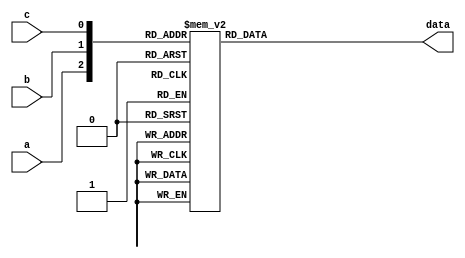
module decoder38(
	a,b,c,data
);

input  wire a;
input  wire b;
input  wire c;
output reg  [7:0]data;

always @( a,b,c) begin
    case ({a,b,c})
    3'd0:  data=8'b0000_0001;
    3'd1:  data=8'b0000_0010;
    3'd2:  data=8'b0000_0100;
    3'd3:  data=8'b0000_1000;
    3'd4:  data=8'b0001_0000;
    3'd5:  data=8'b0010_0000;
    3'd6:  data=8'b0100_0000;
    3'd7:  data=8'b1000_0000;
        
    endcase
    
end

endmodule